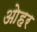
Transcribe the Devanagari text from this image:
ओहर